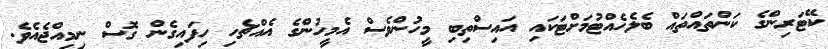
ކޭޓަރިންގެ ކަންތައްތައް ބެލެހެއްޓުމަށްޓަކައި އައިސްތިބި މީހުންވެސް އެމީހުންގެ އެއްޗެހި ހިފައިގެން ގޮސް ނިމިއްޖެއެވެ.